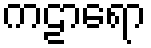
ကဠာရော